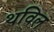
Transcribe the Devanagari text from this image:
थविल